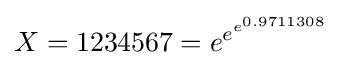
X=1234567=e^{e^{e^{0.9711308}}}